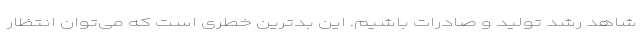
شاهد رشد تولید و صادرات باشیم. این بدترین خطری است که می‌توان انتظار